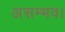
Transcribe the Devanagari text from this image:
असम्भव।